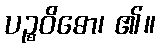
ပဉ္စဝိဓော၊ ၏။